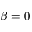
\beta = 0